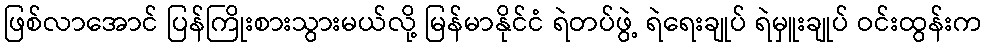
ဖြစ်လာအောင် ပြန်ကြိုးစားသွားမယ်လို့ မြန်မာနိုင်ငံ ရဲတပ်ဖွဲ့ ရဲရေးချုပ် ရဲမှူးချုပ် ဝင်းထွန်းက